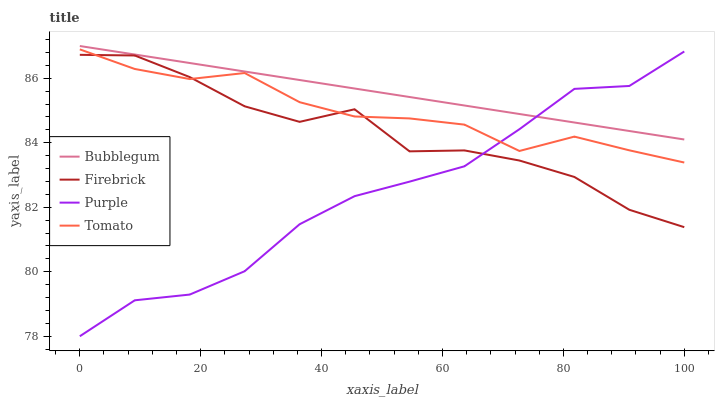
| xaxis_label | Bubblegum | Firebrick | Purple | Tomato |
 | --- | --- | --- | --- | --- |
 | 0 | 87 | 86.7 | 78 | 86.9 |
 | 9.09 | 86.7 | 86.7 | 79.1 | 86.3 |
 | 18.2 | 86.5 | 86 | 79.3 | 86 |
 | 27.3 | 86.2 | 85.1 | 80 | 86.2 |
 | 36.4 | 85.9 | 84.6 | 81.5 | 85.3 |
 | 45.5 | 85.7 | 85 | 82.3 | 84.8 |
 | 54.5 | 85.4 | 83.7 | 82.8 | 84.8 |
 | 63.6 | 85.2 | 83.8 | 83.3 | 84.6 |
 | 72.7 | 84.9 | 83.4 | 84.4 | 83.7 |
 | 81.8 | 84.6 | 82.9 | 85.7 | 84.2 |
 | 90.9 | 84.4 | 81.9 | 85.8 | 83.8 |
 | 100 | 84.1 | 81.4 | 86.8 | 83.4 |